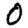
Digit: 0